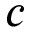
c